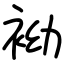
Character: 袎